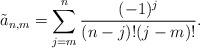
LaTeX: \begin{align*} \tilde{a}_{n,m}=\sum_{j=m}^n\frac{(-1)^j}{(n-j)!(j-m)!}.\end{align*}